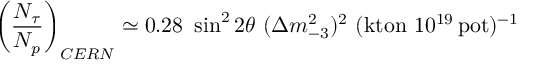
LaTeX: \left( { \frac { N _ { \tau } } { N _ { p } } } \right) _ { C E R N } \simeq 0 . 2 8 ~ \sin ^ { 2 } 2 \theta ~ ( \Delta m _ { - 3 } ^ { 2 } ) ^ { 2 } ~ ( \mathrm { k t o n } ~ 1 0 ^ { 1 9 } \, \mathrm { p o t } ) ^ { - 1 }